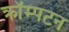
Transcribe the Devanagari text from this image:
क्रॉम्पटन